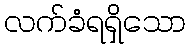
လက်ခံရရှိသော